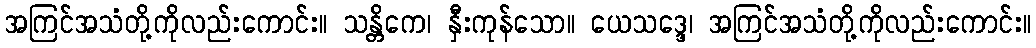
အကြင်အသံတို့ကိုလည်းကောင်း။ သန္တိကေ၊ နှီးကုန်သော။ ယေသဒ္ဒေ၊ အကြင်အသံတို့ကိုလည်းကောင်း။